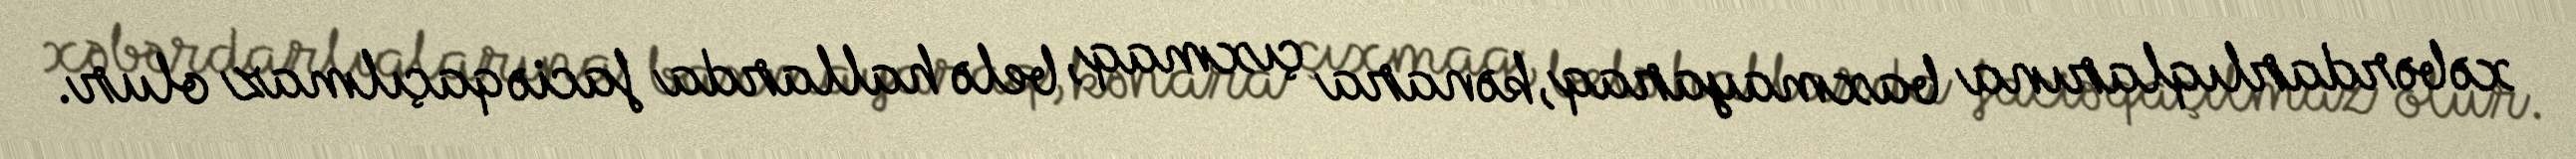
xəbərdarlıqlarına baxmayaraq, kənara çıxmaq, belə hallarda faciə qaçılmaz olur.